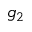
g _ { 2 }